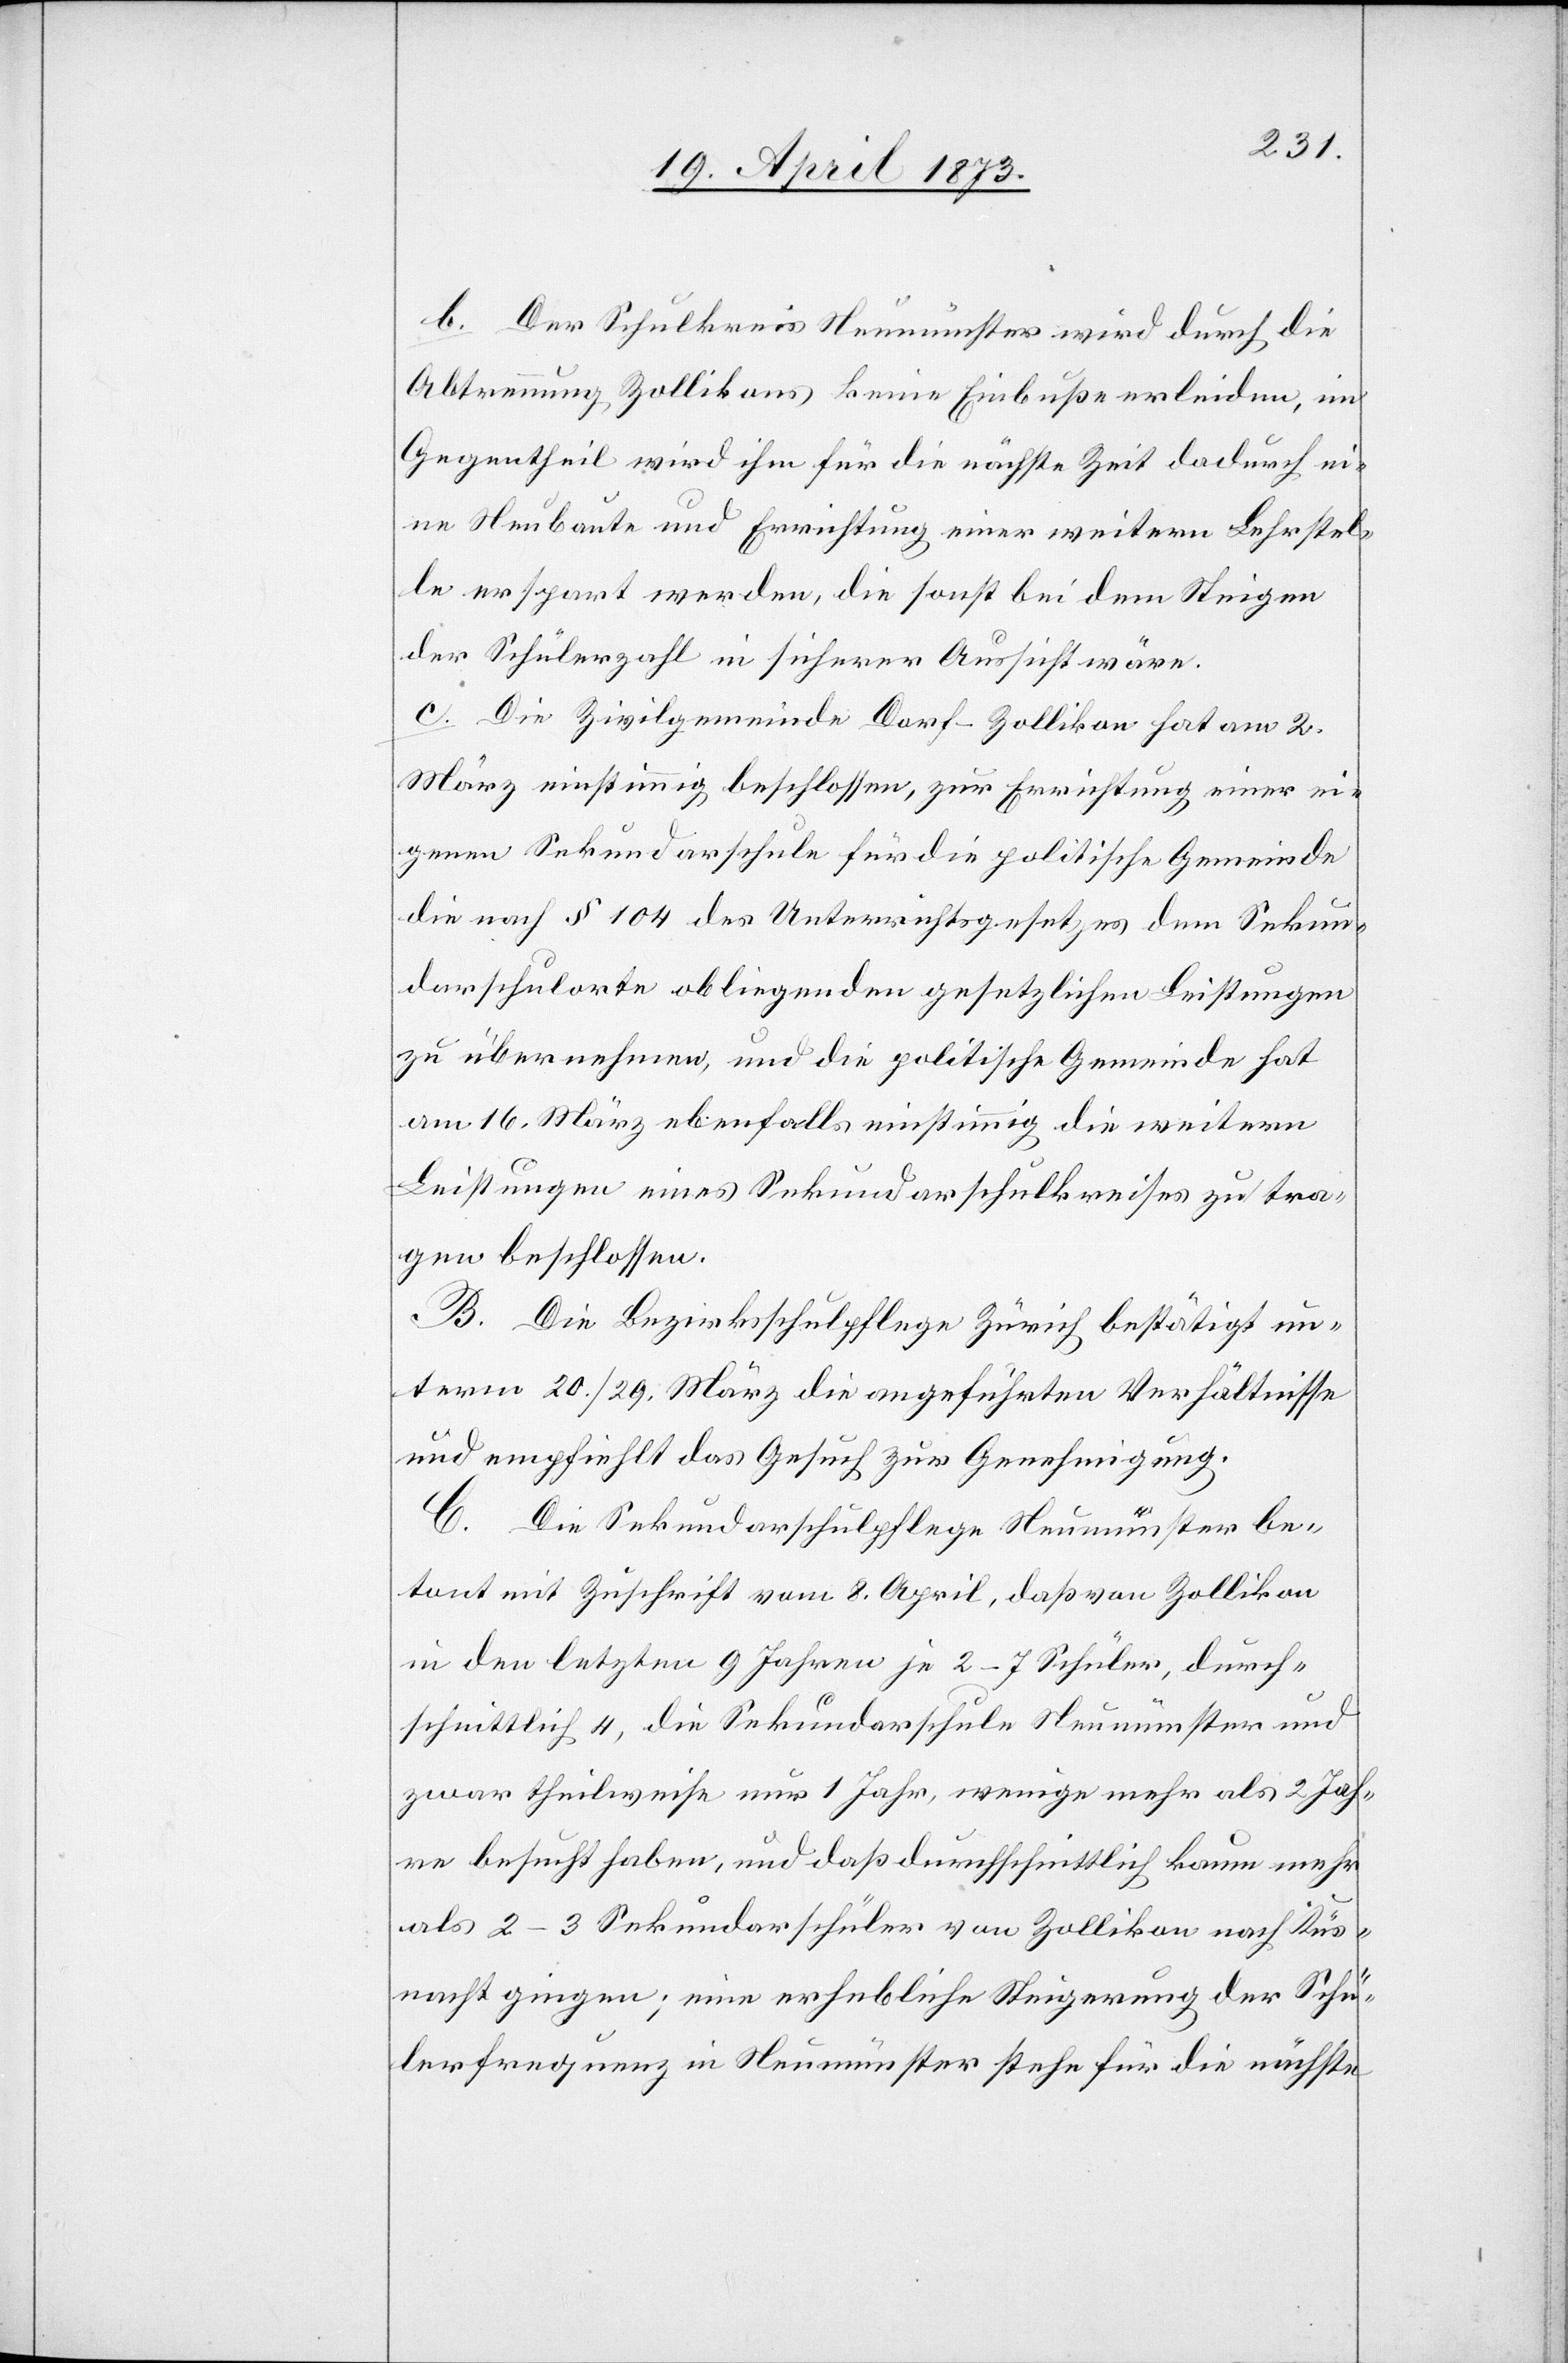
b. Der Schulkreis Neumünster wird durch die
Abtrennung Zollikons keine Einbuße erleiden, im
Gegentheil wird ihm für die nächste Zeit dadurch ei¬
ne Neubaute und Errichtung einer weitern Lehrstel¬
le erspart werden, die sonst bei dem Steigen
der Schülerzahl in sicherer Aussicht wäre.
c. Die Zivilgemeinde Dorf-Zollikon hat am 2.
März einstimmig beschlossen, zur Errichtung einer ei¬
genen Sekundarschule für die politische Gemeinde
die nach § 104 des Unterrichtsgesetzes dem Sekun¬
darschulorte obliegenden gesetzlichen Leistungen
zu übernehmen, und die politische Gemeinde hat
am 16. März ebenfalls einstimmig die weitern
Leistungen eines Sekundarschulkreises zu tra¬
gen beschlossen.
B. Die Bezirksschulpflege Zürich bestätigt un¬
term 20./29. März die angeführten Verhältnisse
und empfiehlt das Gesuch zur Genehmigung.
C. Die Sekundarschulpflege Neumünster be¬
tont mit Zuschrift vom 8. April, daß von Zollikon
in den letzten 9 Jahren je 2–7 Schüler, durch¬
schnittlich 4, die Sekundarschule Neumünster und
zwar theilweise nur 1 Jahr, wenige mehr als 2 Jah¬
re besucht haben, und daß durchschnittlich kaum mehr
als 2–3 Sekundarschüler von Zollikon nach Küs¬
nacht gingen; eine erhebliche Steigerung der Schü¬
lerfrequenz in Neumünster stehe für die nächste